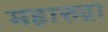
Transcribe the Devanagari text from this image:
महारुद्रा